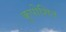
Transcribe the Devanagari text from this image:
कुपोशित